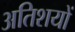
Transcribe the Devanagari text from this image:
अतिशयों